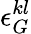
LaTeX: \epsilon_{G}^{kl}